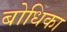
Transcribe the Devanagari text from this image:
बोधिका